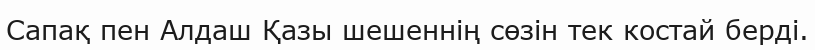
Сапақ пен Алдаш Қазы шешеннің сөзін тек костай берді.